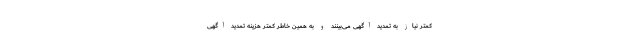
کمتر نیاز به تمدید آگهی می‌بینند و به همین خاطر کمتر هزینه تمدید آگهی